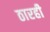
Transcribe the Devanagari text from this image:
ठारही